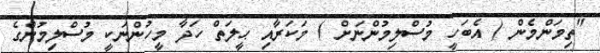
"ތިމަންމެން ( އެބަހީ މުސްލިމުންނަށް ) މަކަރާއި ޙީލަތް ހަދާ މީހުންނަކީ މުސްލިމުންގެ